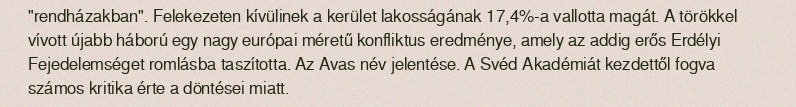
"rendházakban". Felekezeten kívülinek a kerület lakosságának 17,4%-a vallotta magát. A törökkel vívott újabb háború egy nagy európai méretű konfliktus eredménye, amely az addig erős Erdélyi Fejedelemséget romlásba taszította. Az Avas név jelentése. A Svéd Akadémiát kezdettől fogva számos kritika érte a döntései miatt.